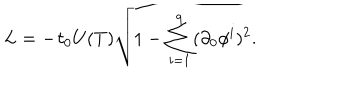
L = - \tau _ { 0 } U ( T ) \sqrt { 1 - \sum _ { i = 1 } ^ { 9 } ( \partial _ { 0 } \phi ^ { i } ) ^ { 2 } } .